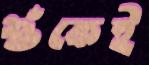
শুঁকেই